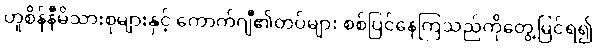
ဟူစိန်နီမိသားစုများနှင့် ကောက်ဂျီ၏တပ်များ စစ်ပြင်နေကြသည်ကိုတွေ့မြင်ရ၍